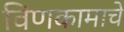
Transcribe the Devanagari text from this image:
विणकामाचे